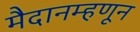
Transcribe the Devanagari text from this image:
मैदानम्हणून